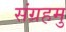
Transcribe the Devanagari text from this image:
संग्रहमु